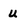
Character: u